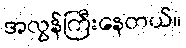
အလွန်ကြီးနေတယ်။